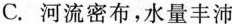
C. 河流密布，水量丰沛